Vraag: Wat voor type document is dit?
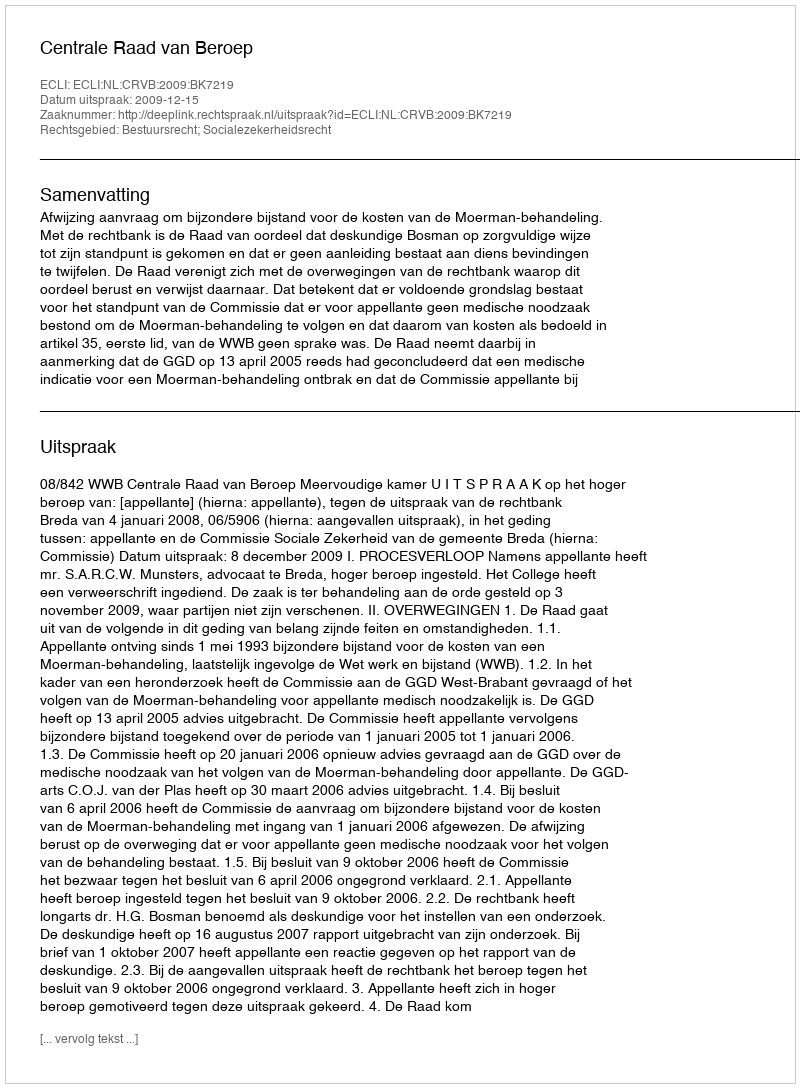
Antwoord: Uitspraak